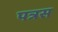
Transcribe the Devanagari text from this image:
पत्रस